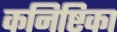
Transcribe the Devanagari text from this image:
कनिष्टिका